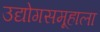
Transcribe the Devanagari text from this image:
उद्योगसमूहाला